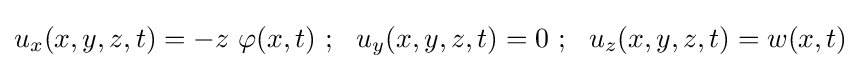
u_{x}(x,y,z,t)=-z~\varphi (x,t)~;~~u_{y}(x,y,z,t)=0~;~~u_{z}(x,y,z,t)=w(x,t)